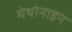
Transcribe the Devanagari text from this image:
मेथोनाइन